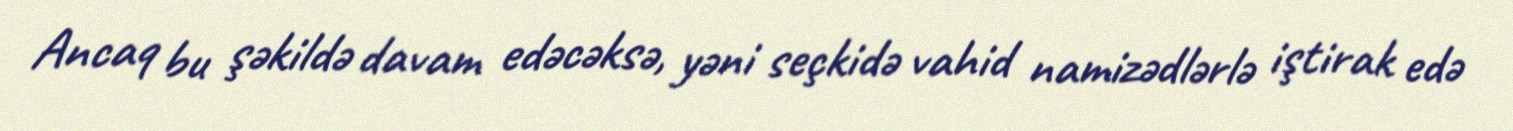
Ancaq bu şəkildə davam edəcəksə, yəni seçkidə vahid namizədlərlə iştirak edə